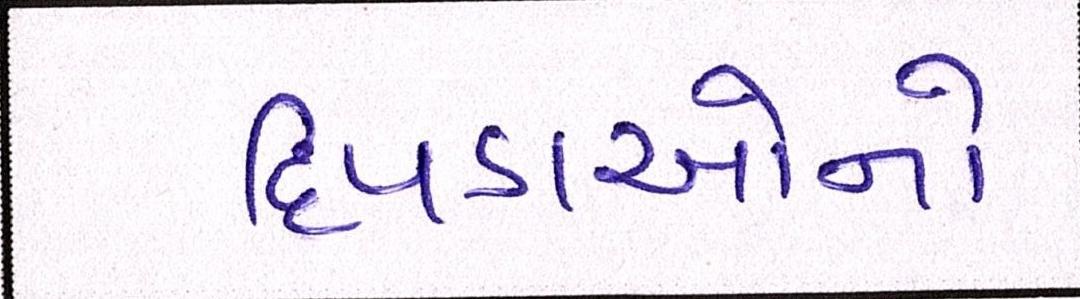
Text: દિપડાઓનો